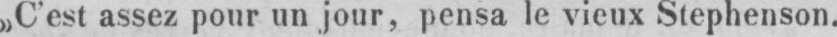
»C’est assez pour un jour, pensa le vieux Stephenson.